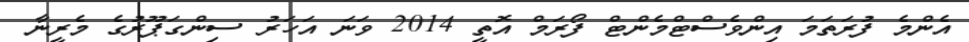
އެންމެ ފުރަތަމަ އިންވެސްޓްމެންޓް ފޯރަމް އޮތީ 2014 ވަނަ އަހަރު ސިންގަޕޫރުގެ މެރީނާ